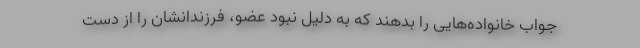
جواب خانواده‌هایی را بدهند که به دلیل نبود عضو، فرزندانشان را از دست